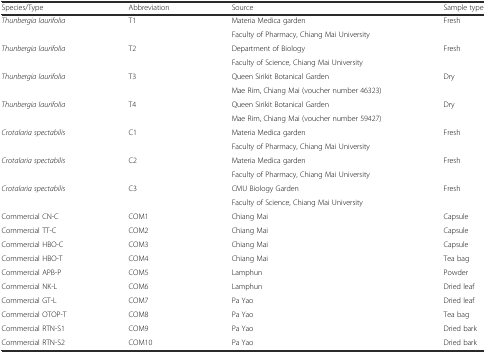
| Species/Type | Abbreviation | Source | Sample type |
 | --- | --- | --- | --- |
 | Thunbergia laurifolia | T1 | Materia Medica garden | Fresh |
 |  |  | Faculty of Pharmacy, Chiang Mai University |  |
 | Thunbergia laurifolia | T2 | Department of Biology | Fresh |
 |  |  | Faculty of Science, Chiang Mai University |  |
 | Thunbergia laurifolia | T3 | Queen Sirikit Botanical Garden | Dry |
 |  |  | Mae Rim, Chiang Mai (voucher number 46323) |  |
 | Thunbergia laurifolia | T4 | Queen Sirikit Botanical Garden | Dry |
 |  |  | Mae Rim, Chiang Mai (voucher number 59427) |  |
 | Crotalaria spectabilis | C1 | Materia Medica garden | Fresh |
 |  |  | Faculty of Pharmacy, Chiang Mai University |  |
 | Crotalaria spectabilis | C2 | Materia Medica garden | Fresh |
 |  |  | Faculty of Pharmacy, Chiang Mai University |  |
 | Crotalaria spectabilis | C3 | CMU Biology Garden | Fresh |
 |  |  | Faculty of Science, Chiang Mai University |  |
 | Commercial CN-C | COM1 | Chiang Mai | Capsule |
 | Commercial TT-C | COM2 | Chiang Mai | Capsule |
 | Commercial HBO-C | COM3 | Chiang Mai | Capsule |
 | Commercial HBO-T | COM4 | Chiang Mai | Tea bag |
 | Commercial APB-P | COM5 | Lamphun | Powder |
 | Commercial NK-L | COM6 | Lamphun | Dried leaf |
 | Commercial GT-L | COM7 | Pa Yao | Dried leaf |
 | Commercial OTOP-T | COM8 | Pa Yao | Tea bag |
 | Commercial RTN-S1 | COM9 | Pa Yao | Dried bark |
 | Commercial RTN-S2 | COM10 | Pa Yao | Dried bark |